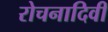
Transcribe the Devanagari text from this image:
रोचनादिवी